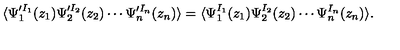
\langle \Psi _ { 1 } ^ { \prime I _ { 1 } } ( z _ { 1 } ) \Psi _ { 2 } ^ { \prime I _ { 2 } } ( z _ { 2 } ) \cdots \Psi _ { n } ^ { \prime I _ { n } } ( z _ { n } ) \rangle = \langle \Psi _ { 1 } ^ { I _ { 1 } } ( z _ { 1 } ) \Psi _ { 2 } ^ { I _ { 2 } } ( z _ { 2 } ) \cdots \Psi _ { n } ^ { I _ { n } } ( z _ { n } ) \rangle .